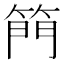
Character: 𮅘